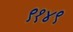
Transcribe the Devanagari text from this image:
९१४९